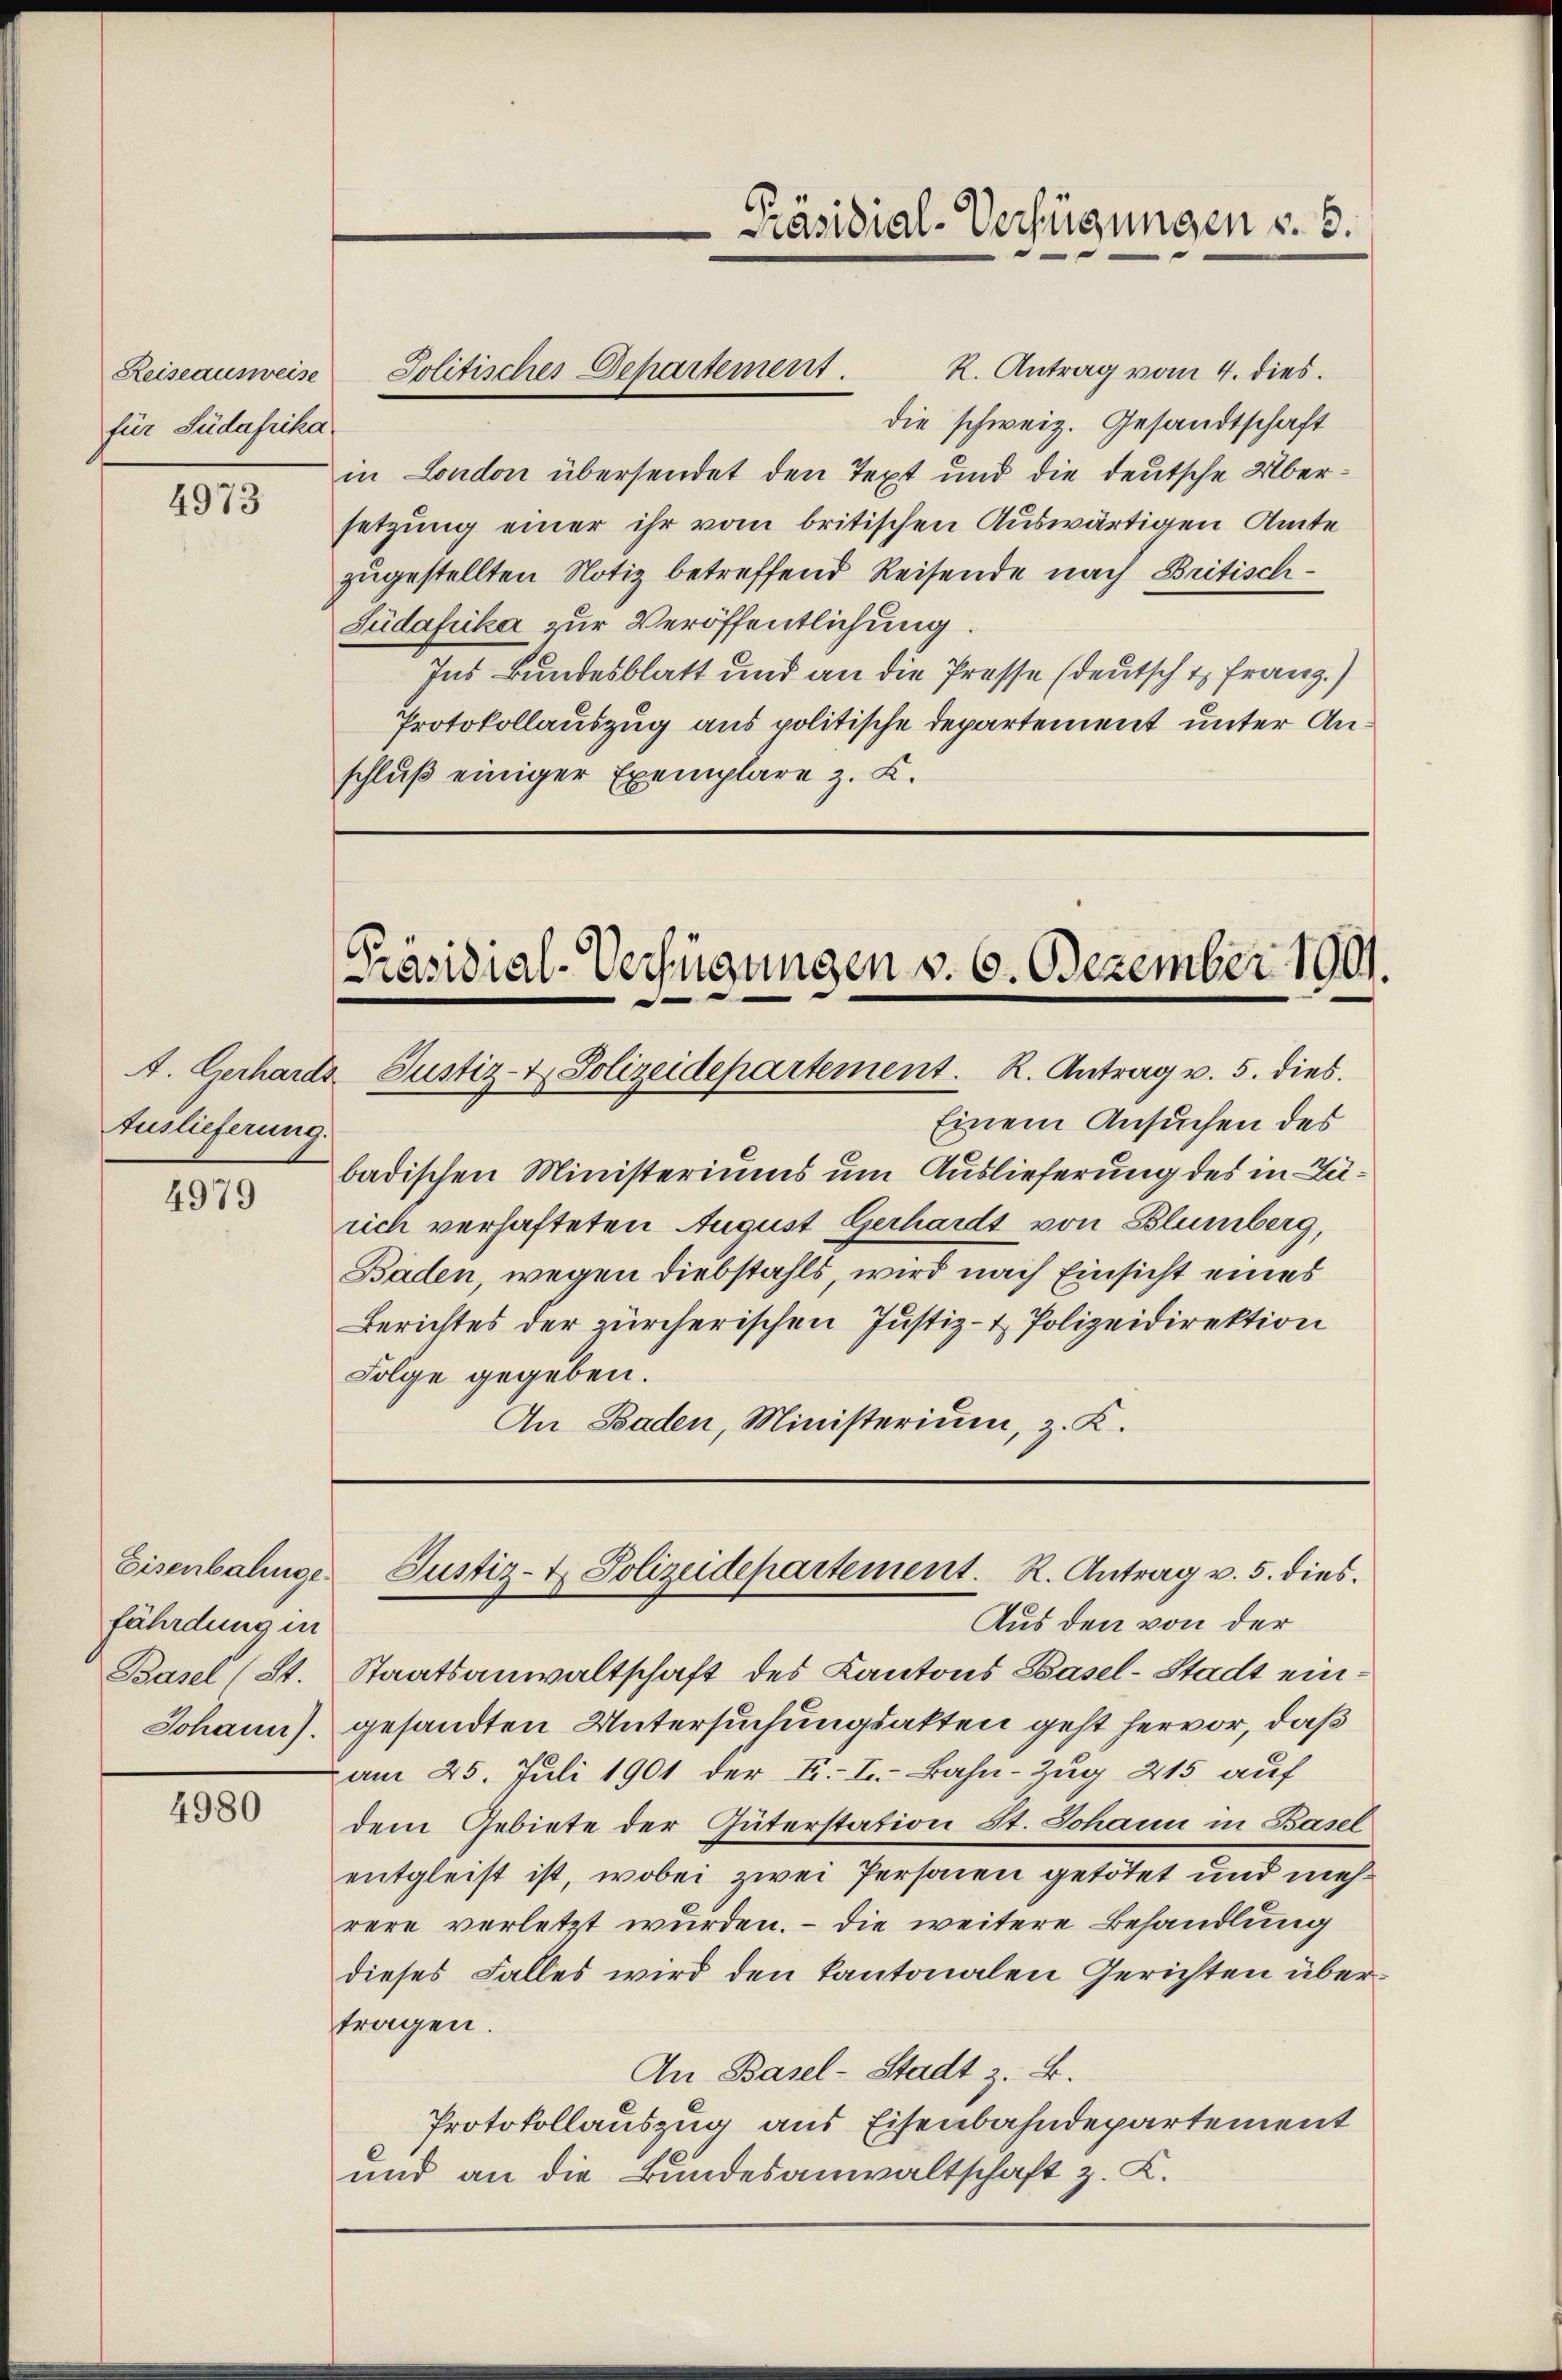
Reiseausweise
für Südafrika

4973

Auslieferung.

4979

Eisenbahnge
fährdung in
Basel (St.
Johann).

4980

R. Antrag vom 4. dies
die schweiz. Gesandtschaft
in London übersendet den Text und die deutsche Übersetzung einer ihr vom britischen Auswärtigen Amte
zugestellten Notiz betreffend Reisende nach Britisch¬
Südafrika zur Veröffentlichung
Ins Bundesblatt und an die Presse (deutsch t Franz.)
Protokollauszug aus politische Departement unter Anschluß einiger Exemplare z. K.

Politisches Departement.

Präsidial-Verfügungen v. 6. Dezember 1901.
A. Gerhards Justiz- & Polizeidepartement. K. Antrag v. 5. dies

Präsidial-Verfügungen §. 6.

Einem Ansuchen des
badischen Ministeriums um Auslieferung des in Zürich verhafteten August Gerhardt von Blumberg,
Baden, wegen Diebstahls, wird nach Einsicht eines
Berichtes der zürcherischen Justiz- & Polizeidirektion
Folge gegeben.
An Baden, Ministerium, z. K.

Justiz- & Polizeidepartement. R. Antrag v. 5. dies
Aus den von der

Staatsanwaltschaft des Kantons Basel-Stadt eingesandten Untersuchungsakten geht hervor, daß
am 25. Juli 1901 der E. I. Bahn-Zug 215 auf
dem Gebiete der Güterstation St. Johann in Basel
entgleist ist, wobei zwei Personen getötet und mehrere verletzt wurden. – Die weitere Behandlung
dieses Falles wird den kantonalen Gerichten übertragen.
An Basel-Stadt z. B.
Protokollauszug aus Eisenbahndepartement
und an die Bundesanwaltschaft z. K.